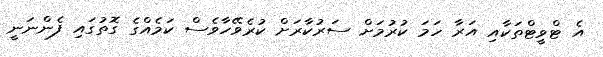
އެ ޓްވީޓްތަކާއި އަރާ ހަމަ ކުރުމަށް ސަރުކާރަށް ކުރެވޭހާވެސް ކަމެއްގެ ގޮތުގައި ފެންނަނީ